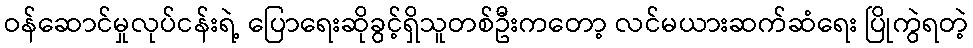
ဝန်ဆောင်မှုလုပ်ငန်းရဲ့ ပြောရေးဆိုခွင့်ရှိသူတစ်ဦးကတော့ လင်မယားဆက်ဆံရေး ပြိုကွဲရတဲ့